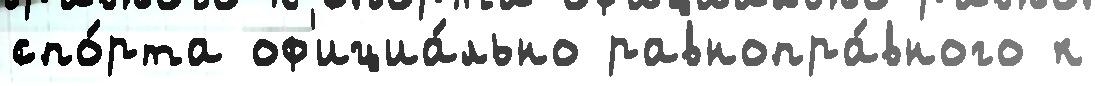
спо́рта оф'ициа́льно равнопра́вного к